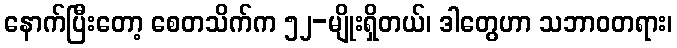
နောက်ပြီးတော့ စေတသိက်က ၅၂-မျိုးရှိတယ်၊ ဒါတွေဟာ သဘာဝတရား၊